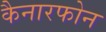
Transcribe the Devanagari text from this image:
कैनारफोन